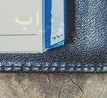
بالاقتراب